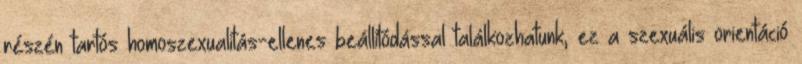
részén tartós homoszexualitás-ellenes beállítódással találkozhatunk, ez a szexuális orientáció